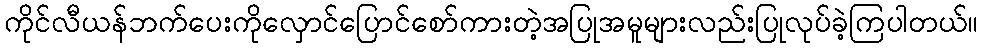
ကိုင်လီယန်ဘက်ပေးကိုလှောင်ပြောင်စော်ကားတဲ့အပြုအမူများလည်းပြုလုပ်ခဲ့ကြပါတယ်။